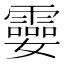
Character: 孁